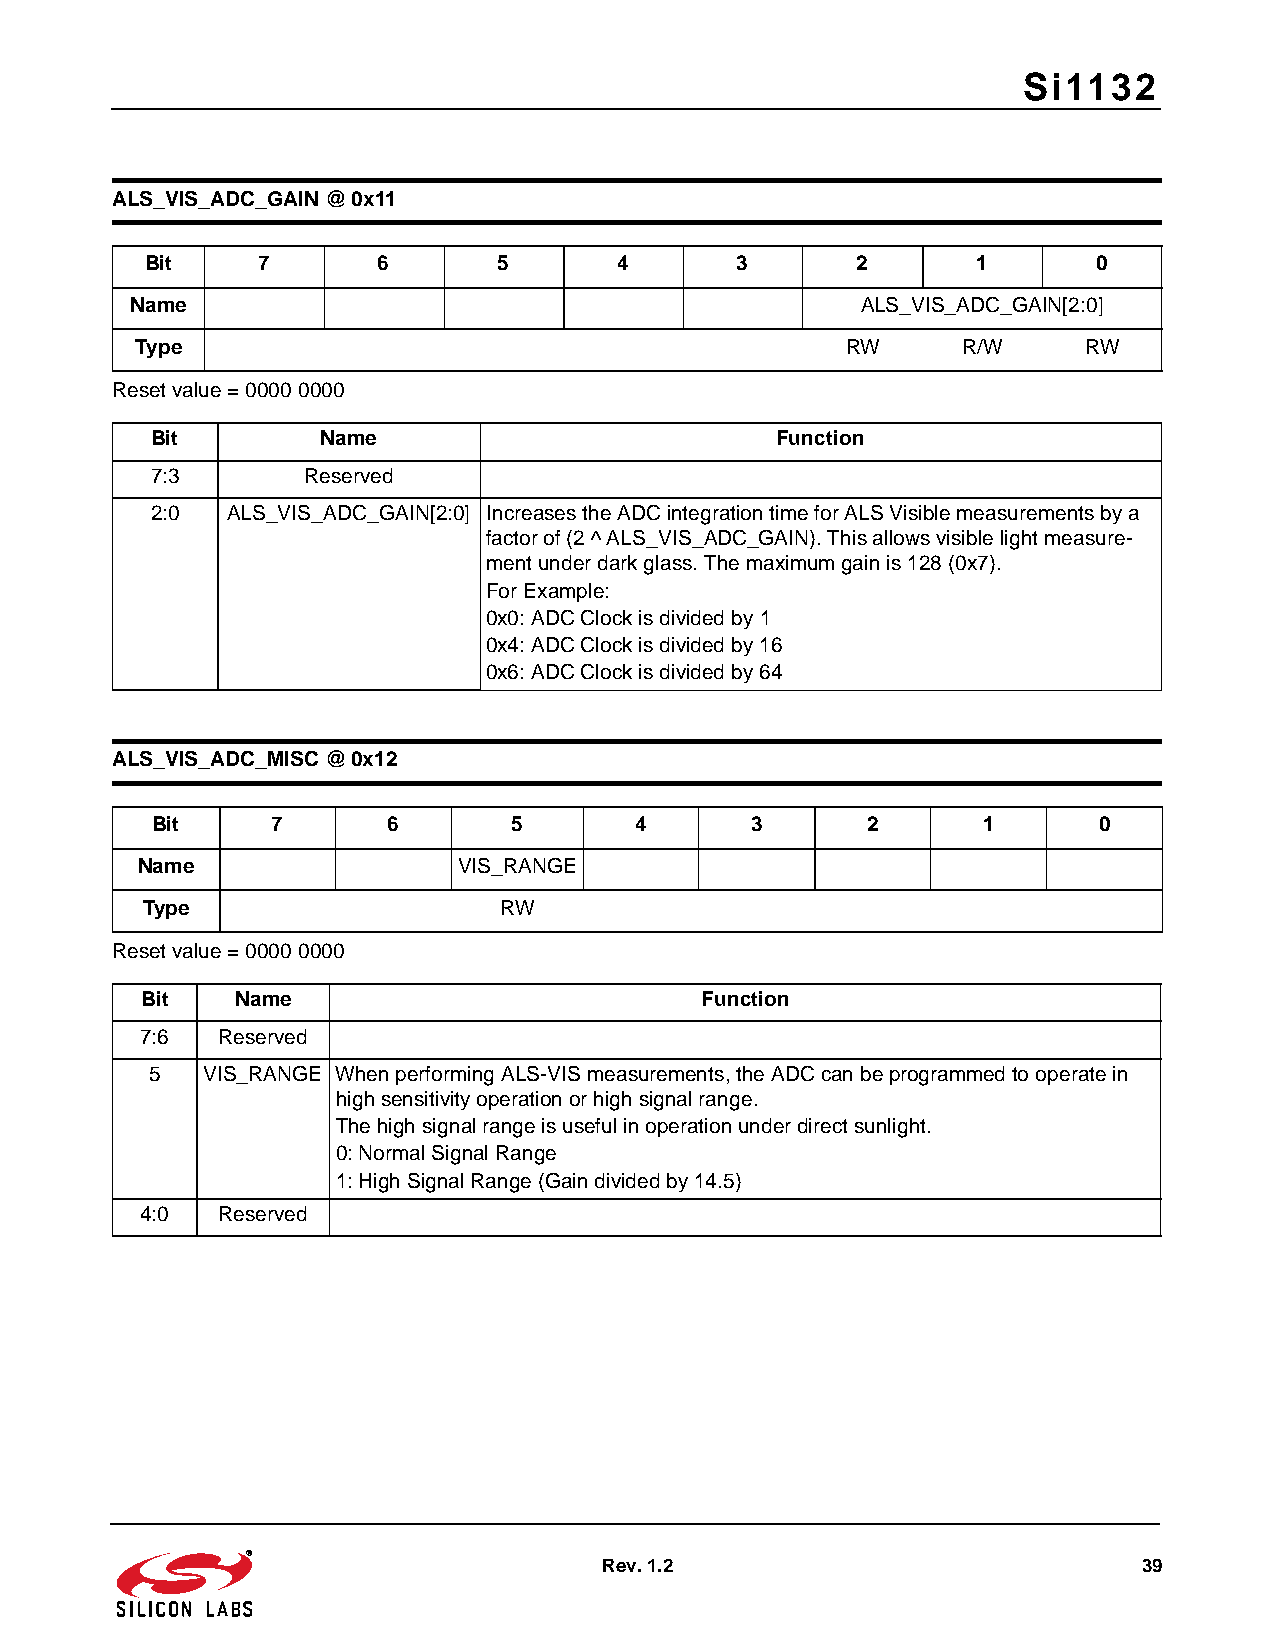
Si1132
 ALS_VIS_ADC_GAIN @ 0x11
 Bit    7       6       5       4       3       2       1       0
 Name                                            ALS_VIS_ADC_GAIN[2:0]
 Type                                           RW      R/W     RW
 Reset value=0000 0000
 Bit        Name                          Function
 7:3       Reserved
 2:0  ALS_VIS_ADC_GAIN[2:0] Increases the ADC integration time for ALS Visible measurements by a
 factor of (2 ^ ALS_VIS_ADC_GAIN). This allows visible light measure-
 ment under dark glass. The maximum gain is 128 (0x7).
 For Example:
 0x0: ADC Clock is divided by 1
 0x4: ADC Clock is divided by 16
 0x6: ADC Clock is divided by 64
 ALS_VIS_ADC_MISC @ 0x12
 Bit     7       6       5       4       3      2       1       0
 Name                 VIS_RANGE
 Type                    RW
 Reset value=0000 0000
 Bit    Name                          Function
 7:6  Reserved
 5  VIS_RANGE When performing ALS-VIS measurements, the ADC can be programmed to operate in
 high sensitivity operation or high signal range.
 The high signal range is useful in operation under direct sunlight.
 0: Normal Signal Range
 1: High Signal Range (Gain divided by 14.5)
 4:0  Reserved
 Rev. 1.2                            39